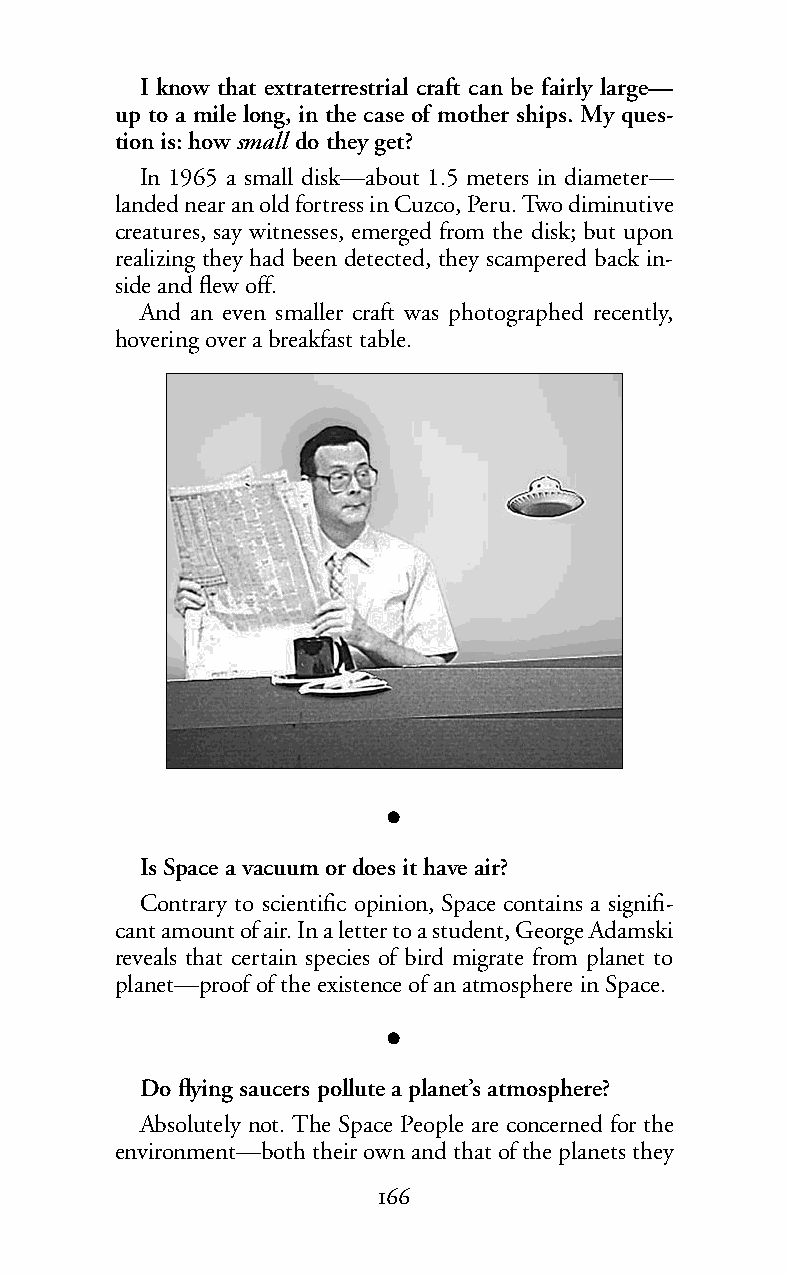
I know that extraterrestrial craft can be fairly large—
 up to a mile long, in the case of mother ships. My ques-
 tion is: howsmall do they get?
 In 1965 a small disk—about 1.5 meters in diameter—
 landed near an old fortress in Cuzco, Peru. Two diminutive
 creatures, say witnesses, emerged from the disk; but upon
 realizing they had been detected, they scampered back in-
 side and flew off.
 And an even smaller craft was photographed recently,
 hovering over a breakfast table.
 l
 Is Space a vacuum or does it have air?
 Contrary to scientific opinion, Space contains a signifi-
 cant amount ofair. In a letter to a student, George Adamski
 reveals that certain species of bird migrate from planet to
 planet—proof of the existence of an atmosphere in Space.
 l
 Do flying saucers pollute a planet’s atmosphere?
 Absolutely not. The Space People are concerned for the
 environment—both their own and that of the planets they
 